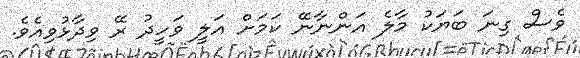
ވެސް ގިނަ ބަޔަކު މާލެ އަންނާނޭ ކަމަށް އަލީ ވަހީދު ރޭ ވިދާޅުވިއެވެ.